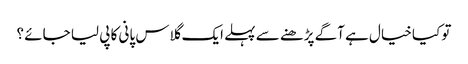
تو کیا خیال ہے آگے پڑھنے سے پہلے ایک گلاس پانی کا پی لیا جائے ؟